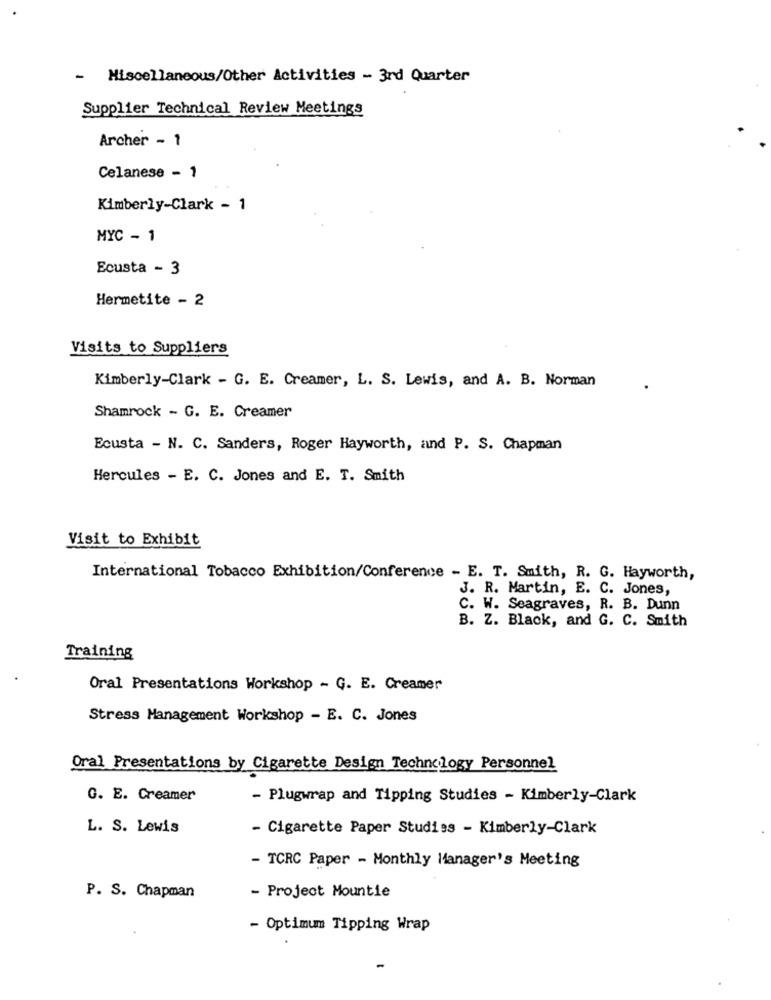
- Miscellaneous/Other Activities - 3rd Quarter
Supplier Technical Review Meetings
Archer - 1
Celanese - 1
Kimberly-Clark - 1
MYC - 1
Ecusta - 3
Hermetite - 2
Visits to Suppliers
Kimberly-Clark - G. E. Creamer, L. S. Lewis, and A. B. Norman
Shamrock - G. E. Creamer
Ecusta - N. C. Sanders, Roger Hayworth, and P. S. Chapman
Hercules - E. C. Jones and E. T. Smith
Visit to Exhibit
International Tobacco Exhibition/Conference - E. T. Smith, R. G. Hayworth,
J. R. Martin, E. C. Jones,
C. W. Seagraves, R. B. Dunn
B. Z. Black, and G. C. Smith
Training
Oral Presentations Workshop - G. E. Creamer
Stress Management Workshop - E. C. Jones
Oral Presentations by Cigarette Design Technology Personnel
G. E. Creamer
- Plugwrap and Tipping Studies - Kimberly-Clark
L. S. Lewis
- Cigarette Paper Studies - Kimberly-Clark
- TCRC Paper - Monthly Manager's Meeting
- Project Mountie
P. S. Chapman
- Optimum Tipping Wrap